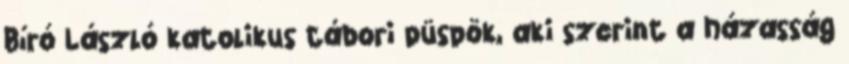
Bíró László katolikus tábori püspök, aki szerint a házasság